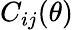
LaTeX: C_{ij}(\theta)